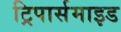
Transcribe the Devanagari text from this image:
ट्रिपार्समाइड